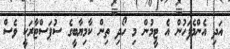
އަދި އެންމެފަހުން އެ ޓީމުން މި ހޯދި ތިން ކާމިޔާބީގެ ސުޕަސްޓާރަކީ ވެސް